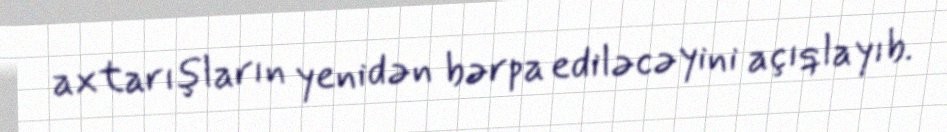
axtarışların yenidən bərpa ediləcəyini açıqlayıb.